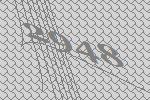
2948